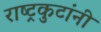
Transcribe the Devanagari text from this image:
राष्ट्रकुटांनी